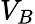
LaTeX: V_{B}